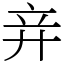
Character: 竎